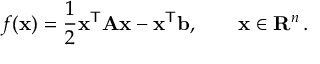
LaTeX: f ( \mathbf { x } ) = { \frac { 1 } { 2 } } \mathbf { x } ^ { \mathsf { T } } \mathbf { A } \mathbf { x } - \mathbf { x } ^ { \mathsf { T } } \mathbf { b } , \qquad \mathbf { x } \in \mathbf { R } ^ { n } \, .